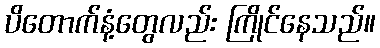
ပိတောက်နံ့တွေလည်း ကြိုင်နေသည်။